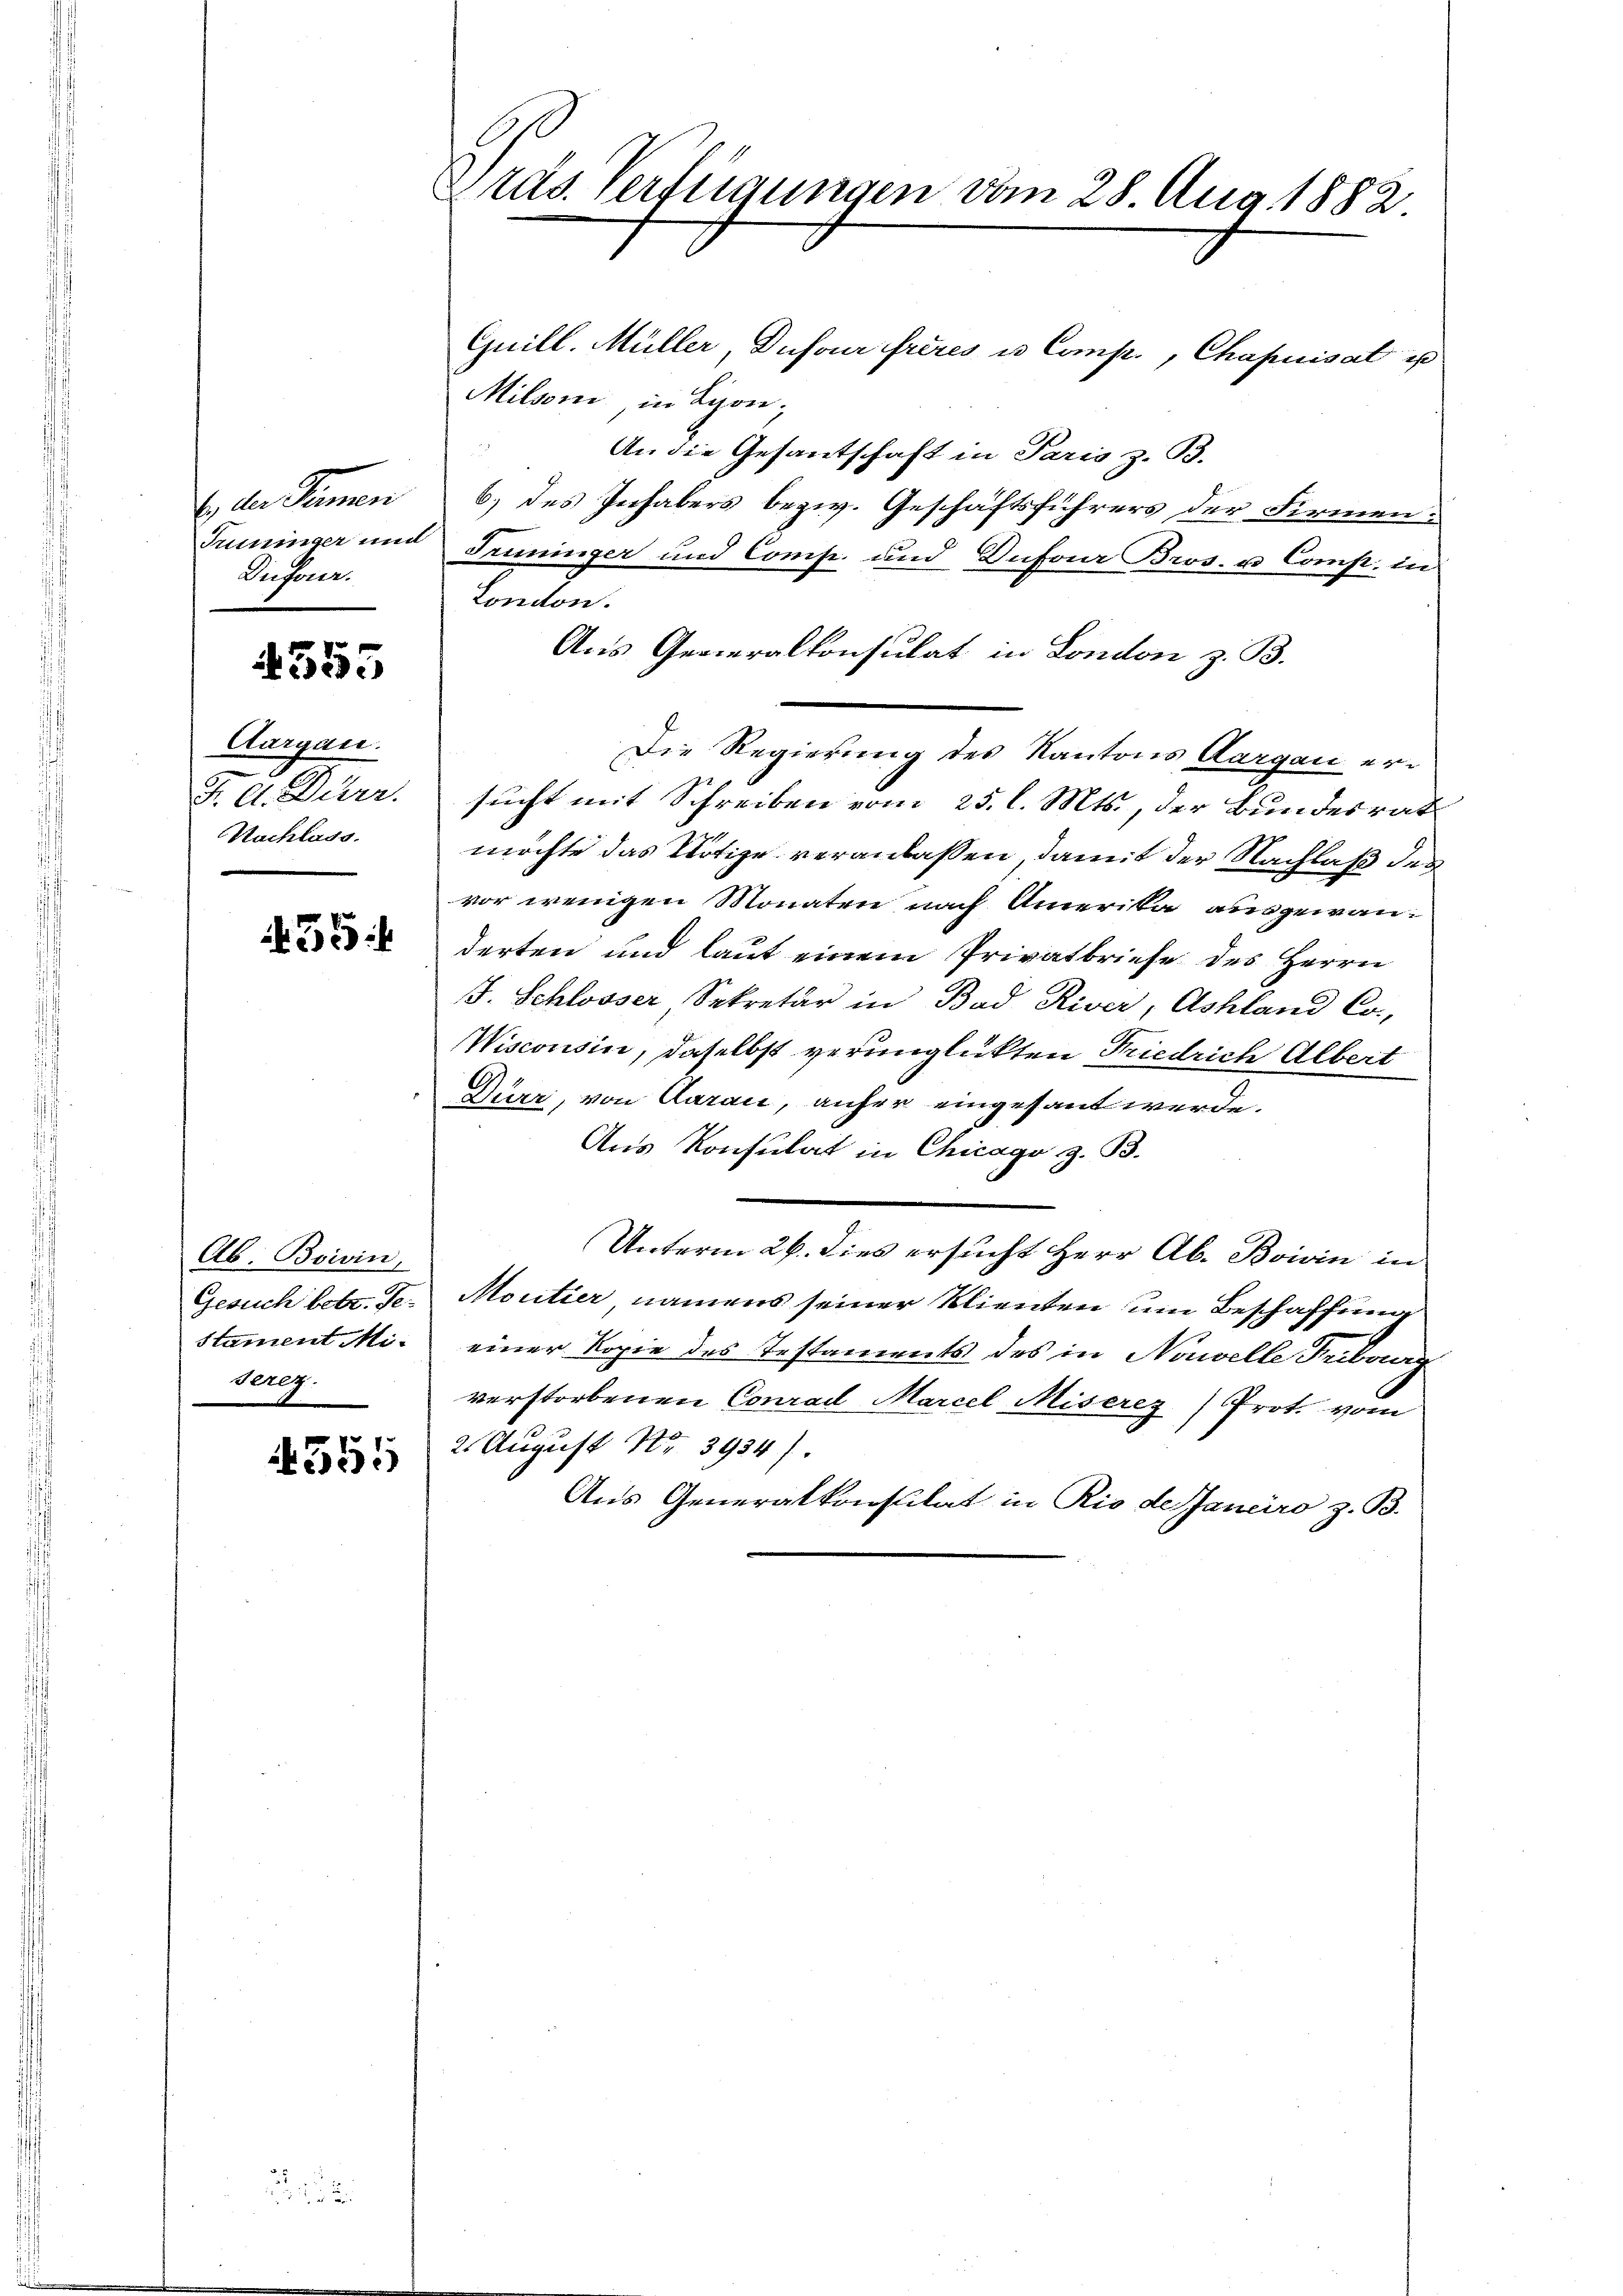
ln Summen
Trininger und
Lutonr.

4553

Aargau.
F. A. Direr.
Nachlass.

55

Ab. Boivin,
Gesuch betr. Ge-
stament Miserez.

4551

Kras. Verfügungen vom 28 Aug. 1882.

Guill. Müller, Dufour frères u. Comp., Chapuisat ist
Milsoni in Lyon,
An die Gesantschaft in Paris z. B.
6) des Inhabers bezw. Geschäftsführers der Firmen¬
Früninger und Comp. und Dufour Bros. u Comp. in
London.
Aus Generalkonsulat in London z. B.
Die Regierung des Kantons Aargau ersucht mit Schreiben vom 25. l. Mts., der Bundesrat
möchte das Nötige veranlassen, damit der Nachlaß des
vor wenigen Monaten nach Amerika ausgewanderten und laut einem Privatbriefe des Herrn
J. Schlosser Sekretär in Bad River, Ashland Co
Wiscousin, daselbst verunglückten Friedrich Albert
Dürr, von Aarau, anher eingesant werde.
Aus Konsulat in Chicago z. B.
Unterm 26. dies ersucht Herr Ab. Boivin in
Moutier namens seiner Klienten um Beschaffung
einer Kopie des Testaments des in Nouvelle Tribung
verstorbenen Conrad Marcel Miserez) Prot. vom
2. August No 3934).
Aus Generalkonsulat in Rio de Janeiro z. B.